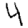
Digit: 4